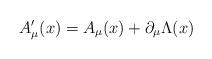
LaTeX: \begin{align*}A_\mu ^{\prime }(x)=A_\mu (x)+\partial _\mu \Lambda (x) \end{align*}